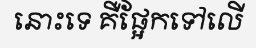
នោះទេ គឺផ្អែកទៅលើ